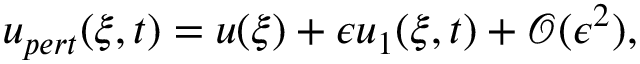
u _ { p e r t } ( \xi , t ) = u ( \xi ) + \epsilon u _ { 1 } ( \xi , t ) + \mathcal { O } ( \epsilon ^ { 2 } ) ,